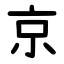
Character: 京